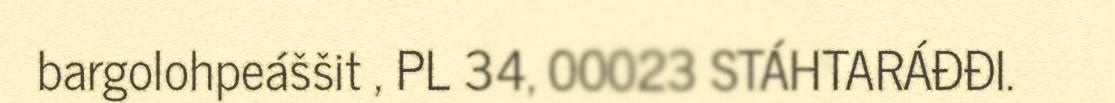
bargolohpeáššit , PL 34, 00023 STÁHTARÁĐĐI.